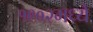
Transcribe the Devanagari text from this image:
१९०२मध्ये